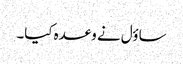
ساؤل نے وعدہ کیا۔